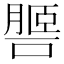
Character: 𦟧